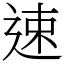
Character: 速